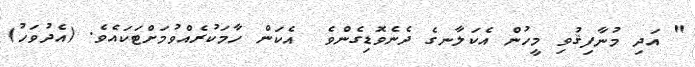
" އަދި މުނާފިޤުވި މީހުން އެކަލާނގެ ދެނެވޮޑިގެންވެ  އެކަން ހާމަކުރެއްވުމަށްޓަކައެވެ. (އެދުވަހު)